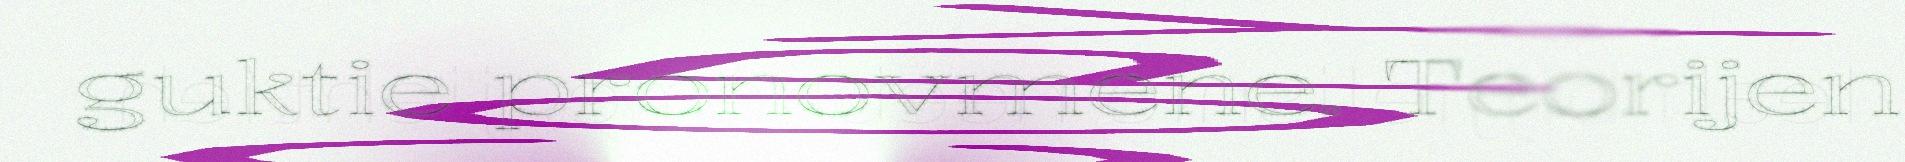
guktie pronovmene. Teorijen